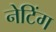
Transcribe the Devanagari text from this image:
नेटिंग